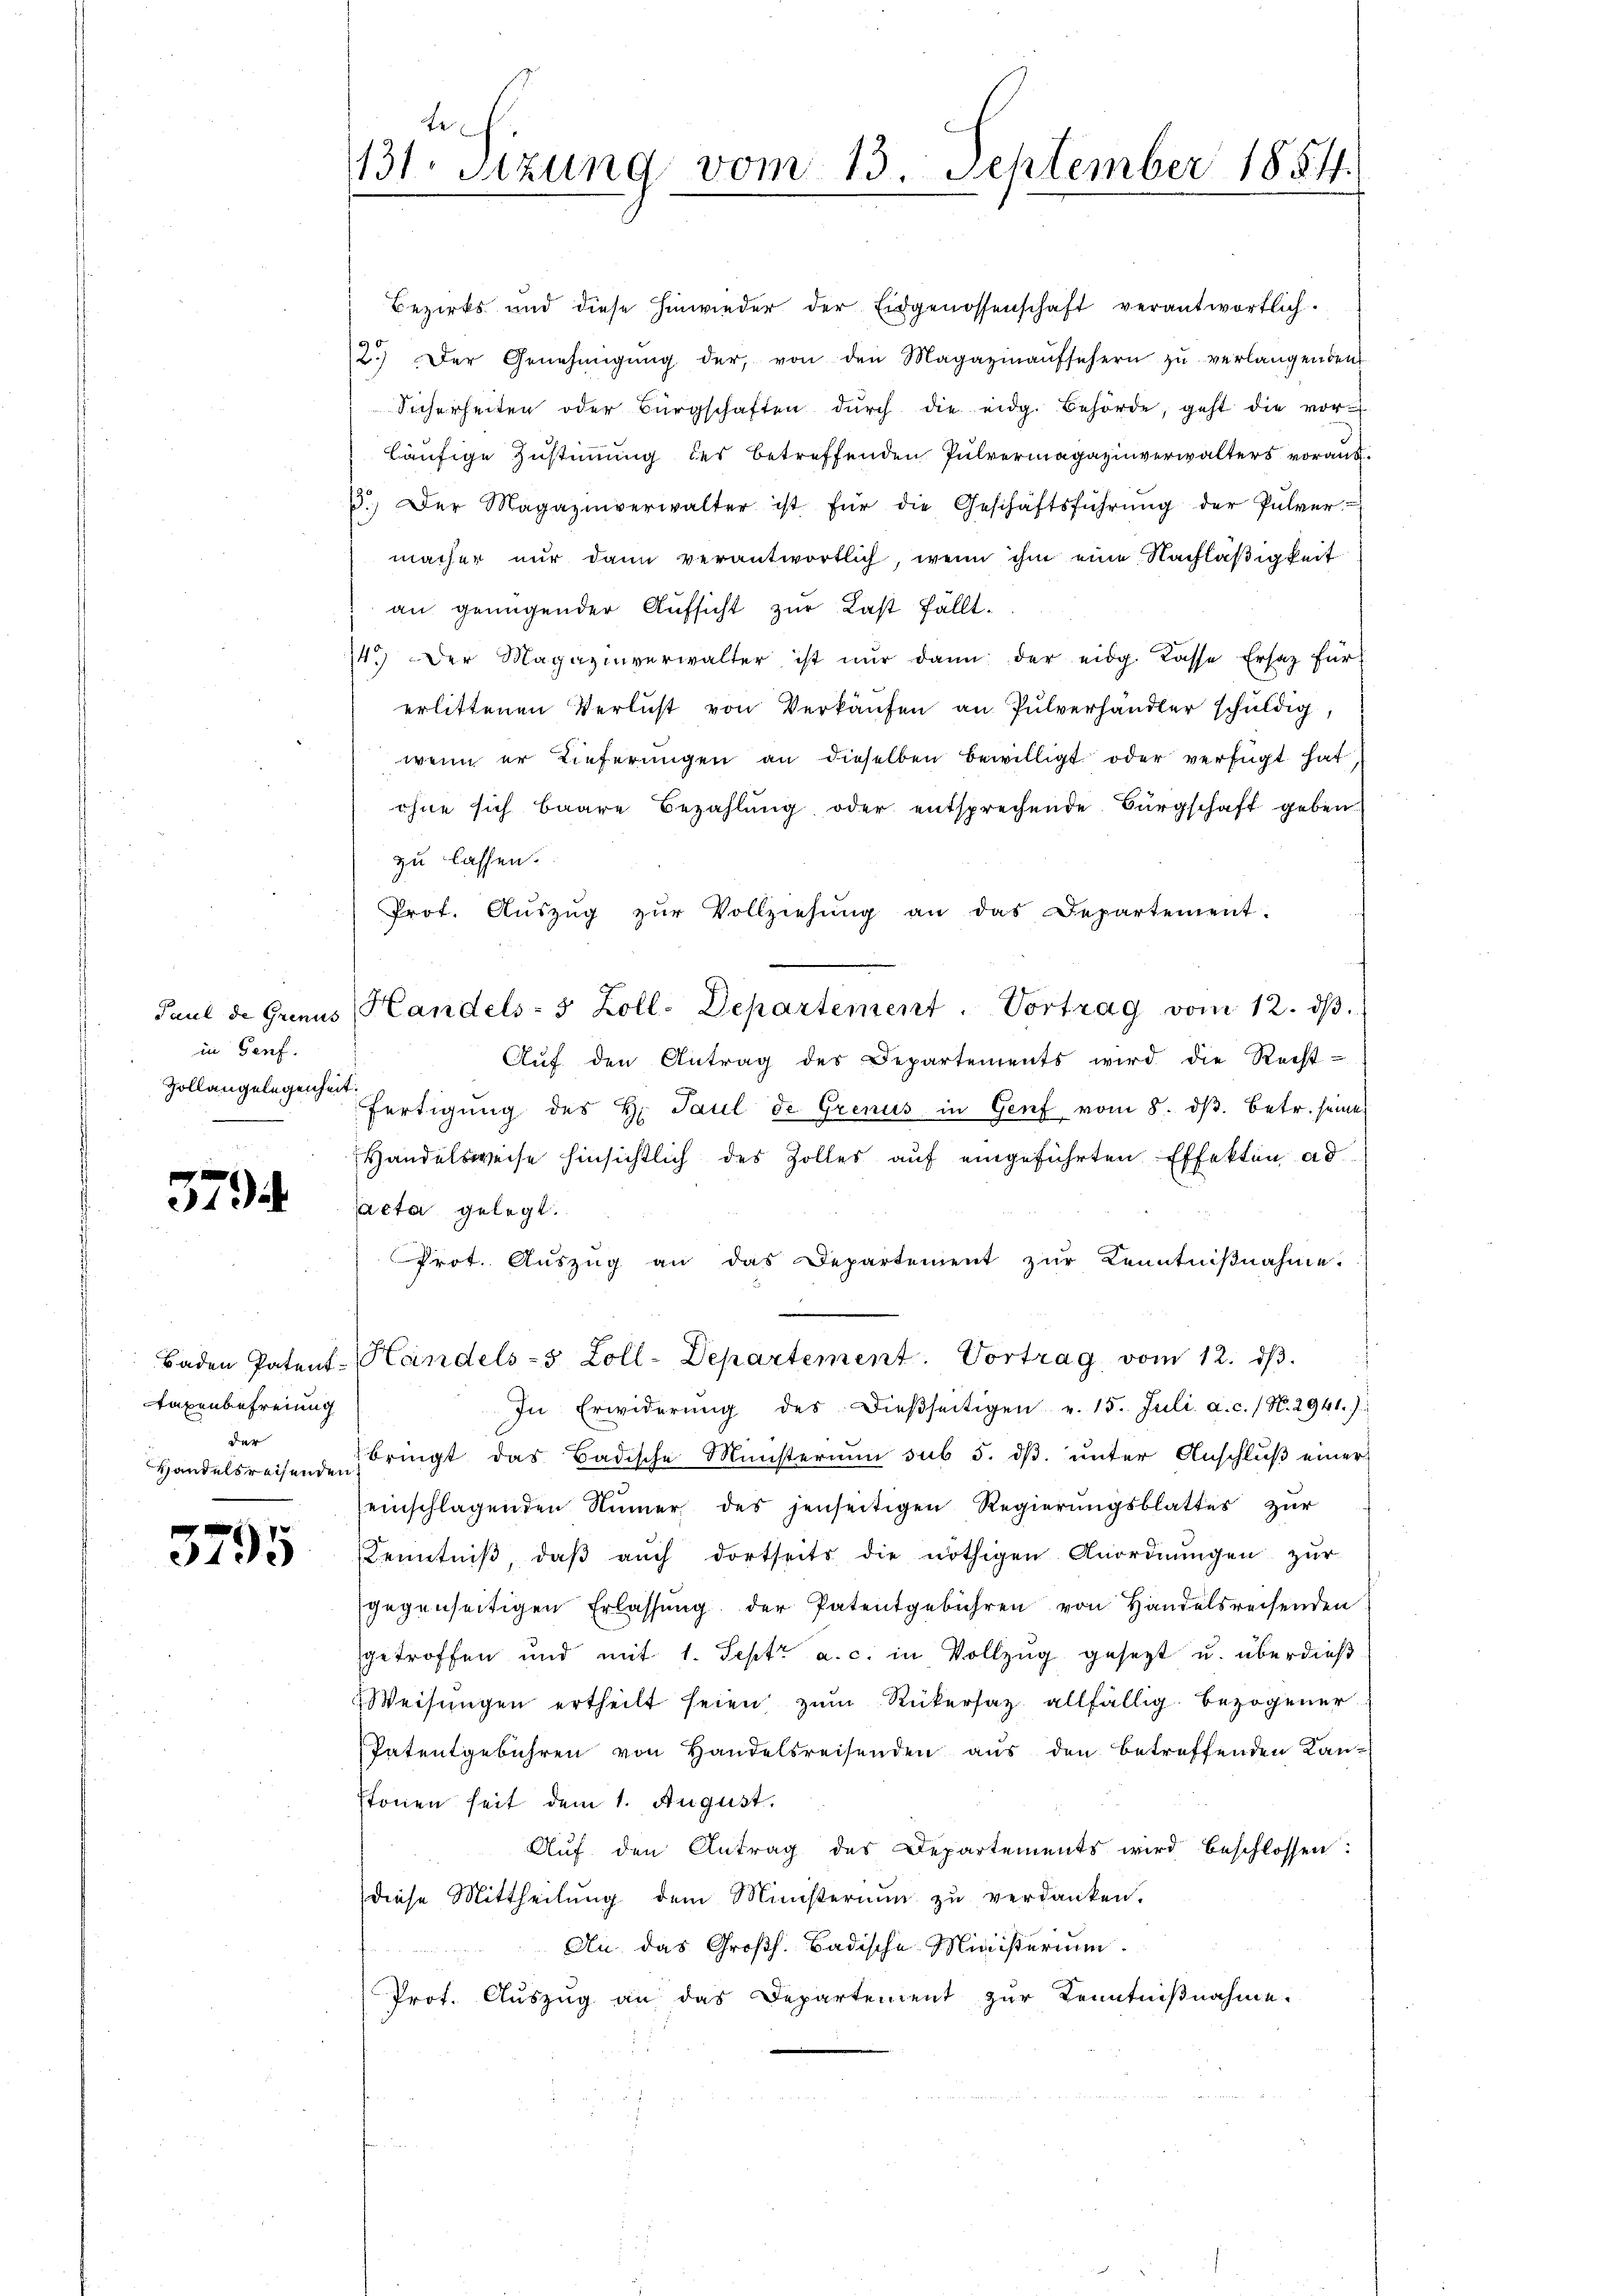
in Genf.
Zollangelegenheit.

579

Bezirks und diese hinwieder der Eidgenossenschaft verantwortlich.
2.) Der Genehmigŭng der, von den Magazinaŭfsehern zŭ verlangenden
Sicherheiten oder Bürgschaften dŭrch die eidg. Behörde, geht die vor-
läufige Zustimmung des betreffenden Pulvermagazinverwalters voraus¬
.. Der Magazinverwalter ist für die Geschäftsführŭng der Pulver-
macher nŭr dann verantwortlich, wenn ihm eine Nachläβigkeit
an genügender Aufsicht zur Last fällt¬
14.) Der Magazinverwalter ist nŭr dann der eidg. Kasse Ersatz für
erlittenen Verlust von Verkäufen an Pulverhändler schuldig,
wenn er Lieferungen an dieselben bewilligt oder verfügt hat
ihne sich baare Bezahlung oder entsprechende Bürgschaft geben
zu lassen.
Prot. Aŭszŭg zŭr Vollziehŭng an das Departement.
Paul de Grenus Handels- 5 Zoll-Departement. Vortrag vom 12. ds.
Aŭf den Antrag des Departements wird die Recht-
fertigŭng des H. Paul de Grenus in Genf vom 8. dβ. betr. seine
Handelsweise hinsichtlich des Zolles auf eingeführten Effekten ad
acta gelegt.
Prot. Aŭszŭg an das Departement zŭr Kenntniβnahme.
Baden Patent-Handels-5 Zoll-Departement. Vortrag vom 12. dβ.
In Erwiderŭng des dieβseitigen v. 15. Juli a. c. / N. 2941.)
bringt das Badische Ministerium sub 5. dß. unter Anschluß einer
einschlagenden Numer des jenseitigen Regierungsblattes zur
Kenntniβ, daβ aŭch dortseits die nöthigen Anordnŭngen zŭr
gegenseitigen Erlassŭng der Patentgebühren von Handelsreisenden
getroffen und mit 1. Sept. a. c. in Vollzug gesezt u. überdieß
Weisŭngen ertheilt seien zum Rükersatz allfällig bezogener
Patentgebühren von Handelsreisenden aus den betreffenden Kan-
stonen seit dem 1. August.
Auf den Antrag des Departements wird beschlossen:
diese Mittheilŭng dem Ministerium zu verdanken.
An das Großh. Badische Ministerium.
Prot. Auszug an das Departement zur Kenntnißnahme.

Auxenbefreiung
der |
Handelsreisenden

3795

te
131. Sitzung vom 13. September 1854.